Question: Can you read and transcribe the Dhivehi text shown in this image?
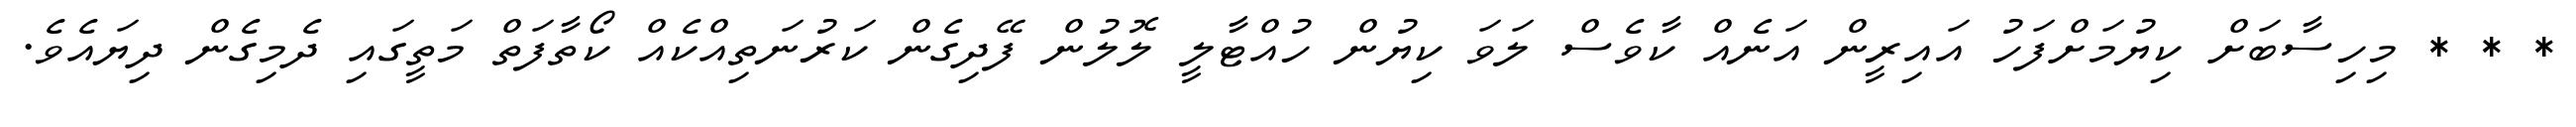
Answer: * * * މިހިސާބަށް ކިޔުމަށްފަހު އައިރީން އަނެއް ކާވެސް ލަވަ ކިޔުން ހުއްޓާލީ ލޮލުން ފޭދިގެން ކަރުނަތިއްކެއް ކޯތާފަތް މަތީގައި ދެމިގެން ދިޔައެވެ.